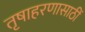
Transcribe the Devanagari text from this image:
तृषाहरणासाठीं